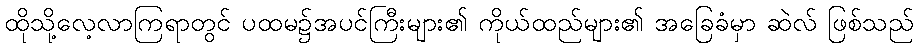
ထိုသို့လေ့လာကြရာတွင် ပထမ၌အပင်ကြီးများ၏ ကိုယ်ထည်များ၏ အခြေခံမှာ ဆဲလ် ဖြစ်သည်